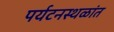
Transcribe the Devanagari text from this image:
पर्यटनस्थळांत